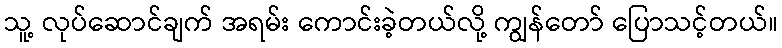
သူ့ လုပ်ဆောင်ချက် အရမ်း ကောင်းခဲ့တယ်လို့ ကျွန်တော် ပြောသင့်တယ်။